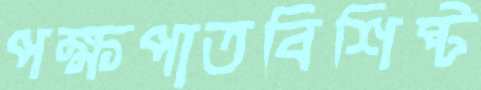
পক্ষপাতবিশিষ্ট